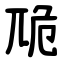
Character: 卼